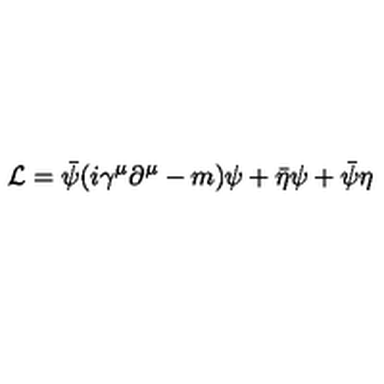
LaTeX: { \cal L } = \bar { \psi } ( i \gamma ^ { \mu } \partial ^ { \mu } - m ) \psi + \bar { \eta } \psi + \bar { \psi } \eta